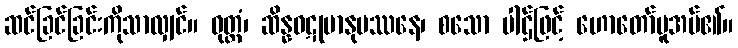
ဆင်ခြင်ခြင်းကိုသာလျှင်။ ဝုတ္တံ၊ ဆိန္နဝဋုမာနုပဿနေ၊ စသော ပါဌ်ဖြင့် ဟောတော်မူအပ်၏။